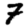
Digit: 7